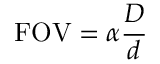
\mathrm { F O V } = \alpha { \frac { D } { d } }